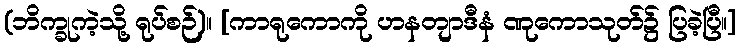
(ဘိက္ခုကဲ့သို့ ရုပ်စဉ်)။ [ကာရုကောကို ဟနတျာဒီနံ ဏုကောသုတ်၌ ပြခဲ့ပြီ။]